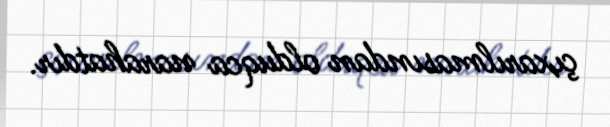
çıxarılmasından olduqca narahatdır.